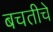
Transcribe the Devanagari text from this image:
बचतीचे